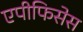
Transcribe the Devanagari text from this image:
एपीफिसेस